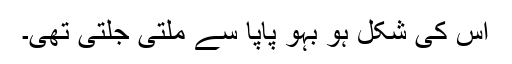
اس کی شکل ہو بہو پاپا سے ملتی جلتی تھی۔